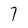
Character: 7